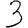
Digit: 3